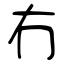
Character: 冇